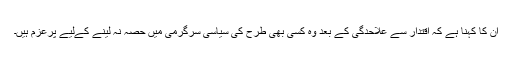
ان کا کہنا ہے کہ اقتدار سے علاحدگی کے بعد وہ کسی بھی طرح کی سیاسی سرگرمی میں حصہ نہ لینے کےلیے پرعزم ہیں۔